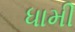
ધામી